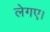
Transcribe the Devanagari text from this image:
लेगए।